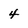
Character: 4